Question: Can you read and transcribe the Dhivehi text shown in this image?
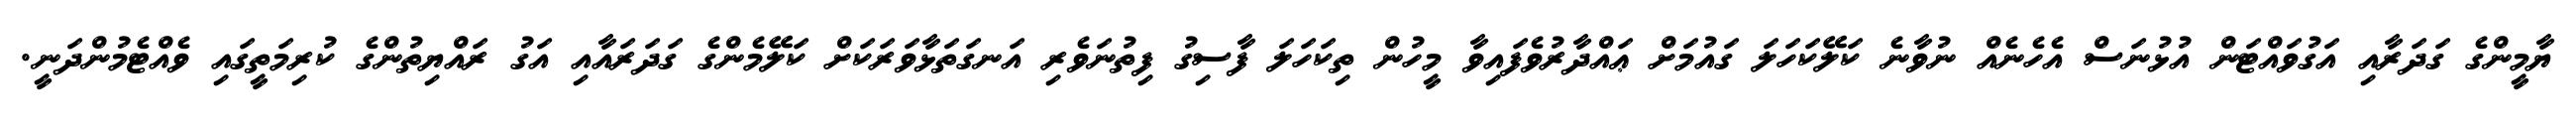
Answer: ޔާމީންގެ ގަދަރާއި އަގުވައްޓަން އުޅުނަސް އެހެނެއް ނުވާނެ ކަލޭކަހަލަ ގައުމަށް ޢައްދާރުވެފައިވާ މީހުން ތިކަހަލަ ފާސިގު ފިތުނަވެރި އަނގަތަޅާވަރަކަށް ކަލޭމެންގެ ގަދަރައާއި އަގު ރައްޔިތުންގެ ކުރިމަތީގައި ވެއްޓެމުންދަނީ.